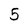
Character: 5